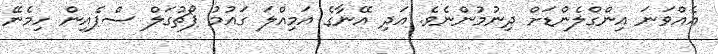
އެއްވަނަ އިންގްލެންޑަށް ދިނުމުންނެވެ. އަދި އޭނާގެ އަމިއްލަ ގައުމު ޕޯޗުގަލް ސްޕެއިން ހިމެނޭ